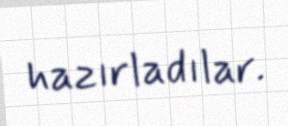
hazırladılar.